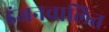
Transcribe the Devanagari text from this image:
इंजनचालित